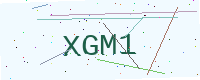
Text: XGM1